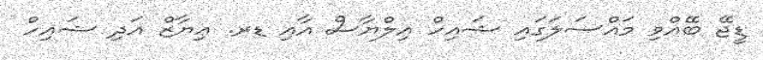
ޑީޖޭ ބޭއްވި މައްސަލަގައި ޝައިހް އިލްޔާސް އާއި ޑރ. ޢިޔާޒް އަދި ޝައިހް